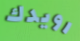
رويدك